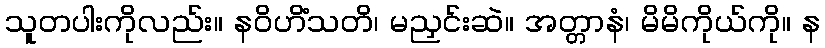
သူတပါးကိုလည်း။ နဝိဟိံသတိ၊ မညှင်းဆဲ။ အတ္တာနံ၊ မိမိကိုယ်ကို။ န